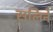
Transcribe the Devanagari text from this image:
सलिने